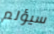
سيؤلم